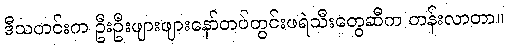
ဒီသတင်းက ဦးဦးဖျားဖျားနော်တပ်တွင်းဖရဲသီးတွေဆီက တန်းလာတာ။